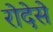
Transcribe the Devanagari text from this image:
रोदेसे